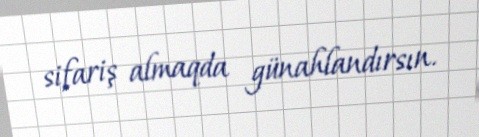
sifariş almaqda günahlandırsın.